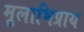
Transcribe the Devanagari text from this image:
मूलाभिप्राय